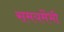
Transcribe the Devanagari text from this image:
समयमेंभी